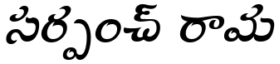
సర్పంచ్ రామ